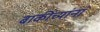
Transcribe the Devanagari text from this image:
बाकींच्यांनां